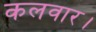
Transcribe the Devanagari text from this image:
कलवार।